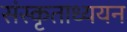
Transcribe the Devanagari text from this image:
संस्कृताध्ययन